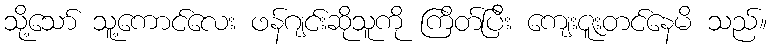
သို့သော် သူ့ကောင်လေး ဖန်ဂျင်းဆိုသူကို ကြိတ်ပြီး ကျေးဇူးတင်နေမိ သည်။